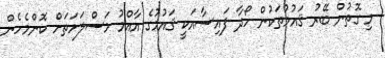
މި ގޮތުން ބޭރު ޤައުމުތަކުން ހޯދާ ފައިސާއަކީ ޤައުމުގެ އާއްމު މަސްލަހަތަށް ކޮންމެހެން